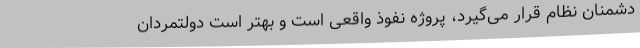
دشمنان نظام قرار می‌گیرد، پروژه نفوذ واقعی است و بهتر است دولتمردان